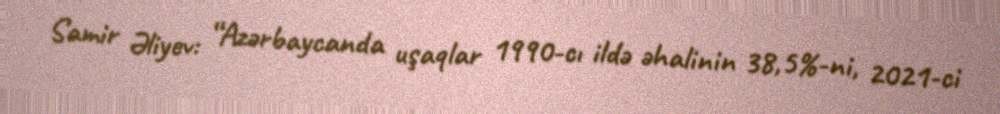
Samir Əliyev: “Azərbaycanda uşaqlar 1990-cı ildə əhalinin 38,5%-ni, 2021-ci